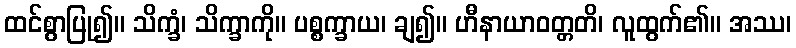
ထင်စွာပြု၍။ သိက္ခံ၊ သိက္ခာကို။ ပစ္စက္ခာယ၊ ချ၍။ ဟီနာယာဝတ္တတိ၊ လူထွက်၏။ အဿ၊